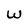
Character: W